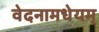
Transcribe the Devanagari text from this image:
वेदनामधेयम्